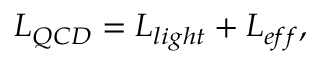
{ \cal L } _ { Q C D } = { \cal L } _ { l i g h t } + { \cal L } _ { e f f } ,